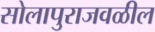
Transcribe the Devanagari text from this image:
सोलापुराजवळील